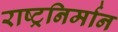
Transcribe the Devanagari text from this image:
राष्ट्रनिर्मान